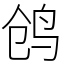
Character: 鸧